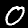
Digit: 0